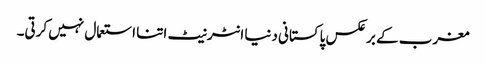
مغرب کے برعکس پاکستانی دنیا انٹرنیٹ اتنا استعمال نہیں کرتی۔